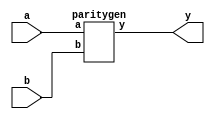
`timescale 1ns / 1ps
//////////////////////////////////////////////////////////////////////////////////
// Company: 
// Engineer: 
// 
// Design Name: 
// Module Name: paritygen
// Project Name: 
// Target Devices: 
// Tool Versions: 
// Description: 
// 
// Dependencies: 
// 
// Revision:
// Revision 0.01 - File Created
// Additional Comments:
// 
//////////////////////////////////////////////////////////////////////////////////
module parityGen(input a,b,output y);
paritygen paritygen(a,b, y);
endmodule 


module paritygen(input a,b,output y);
xor x1(y,a,b);
endmodule